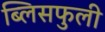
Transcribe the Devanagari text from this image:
ब्लिसफुली